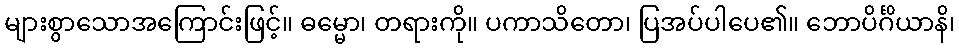
များစွာသောအကြောင်းဖြင့်။ ဓမ္မော၊ တရားကို။ ပကာသိတော၊ ပြအပ်ပါပေ၏။ ဘောပိင်္ဂိယာနိ၊